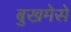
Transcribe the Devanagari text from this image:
बुखमेसे